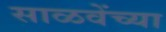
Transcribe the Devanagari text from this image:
साळवेंच्या